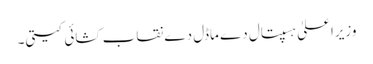
وزیراعلیٰ ہسپتال دے ماڈل دے نقاب کشائی کیتی۔